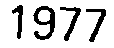
1977